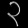
Digit: ၃